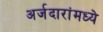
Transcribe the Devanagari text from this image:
अर्जदारांमध्ये